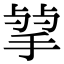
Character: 𢮠